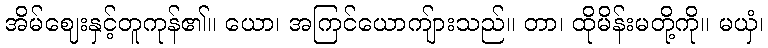
အိမ်ဈေးနှင့်တူကုန်၏။ ယော၊ အကြင်ယောကျ်ားသည်။ တာ၊ ထိုမိန်းမတို့ကို။ မယှံ၊